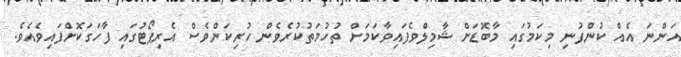
އަންނަ އެއް ކުންފުނި މިކަމުގައި މާބޮޑަށް ޝާމިލްވެފައިވާކަމަށް ތުހުމަތުކުރެވެން ހުރިކަންވެސް އެރިޕޯޓުގައި ފާހަގަކޮށްފައިވެއެވެ.